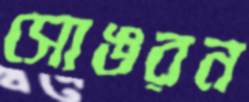
সোঙরন